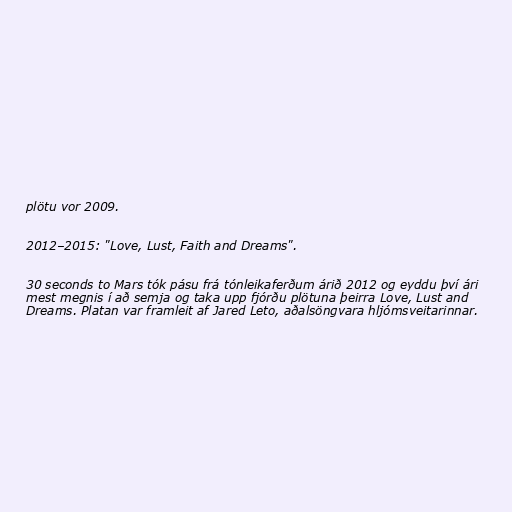
plötu vor 2009.

2012–2015: "Love, Lust, Faith and Dreams".

30 seconds to Mars tók pásu frá tónleikaferðum árið 2012 og eyddu því ári
mest megnis í að semja og taka upp fjórðu plötuna þeirra Love, Lust and
Dreams. Platan var framleit af Jared Leto, aðalsöngvara hljómsveitarinnar.